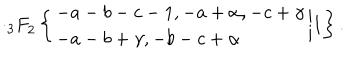
\cdot { _ 3 F } _ { 2 } \left\{ \begin{array} { l } { { - a - b - c - 1 , - a + \alpha , - c + \gamma } } \\ { { - a - b + \gamma , - b - c + \alpha } } \\ \end{array} \biggr | 1 \right\} .